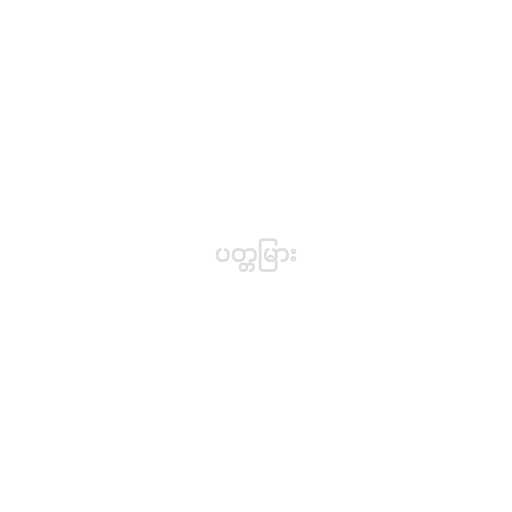
ပတ္တမြား